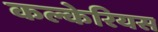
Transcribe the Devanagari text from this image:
कल्केरियस